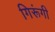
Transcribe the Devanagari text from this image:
गिरूंगी